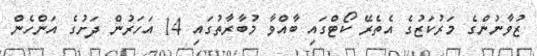
ޒުވާނުންގެ މަރުކަޒުގެ އެތެރޭ ކޯޓްގައި ބާއްވާ މުބާރާތުގައި 14 އަހަރުން ދަށުގެ އަންހެން